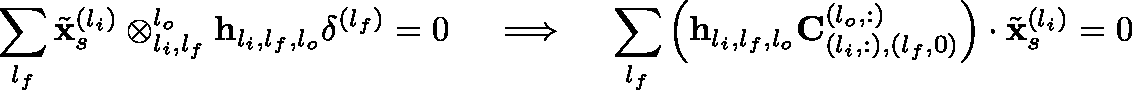
\sum _ { l _ { f } } \tilde { \mathbf { x } } _ { s } ^ { ( l _ { i } ) } \otimes _ { l _ { i } , l _ { f } } ^ { l _ { o } } \mathbf { h } _ { l _ { i } , l _ { f } , l _ { o } } \mathbf { \delta } ^ { ( l _ { f } ) } = 0 \quad \implies \quad \sum _ { l _ { f } } \left( \mathbf { h } _ { l _ { i } , l _ { f } , l _ { o } } \mathbf { C } _ { ( l _ { i } , : ) , ( l _ { f } , 0 ) } ^ { ( l _ { o } , : ) } \right) \cdot \tilde { \mathbf { x } } _ { s } ^ { ( l _ { i } ) } = 0